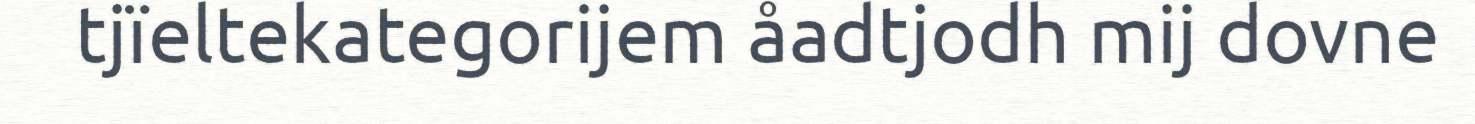
tjïeltekategorijem åadtjodh mij dovne